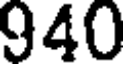
940